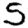
Digit: 5